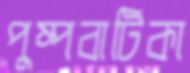
পুষ্পবাটিকা